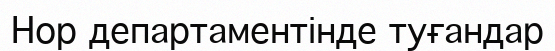
Нор департаментінде туғандар